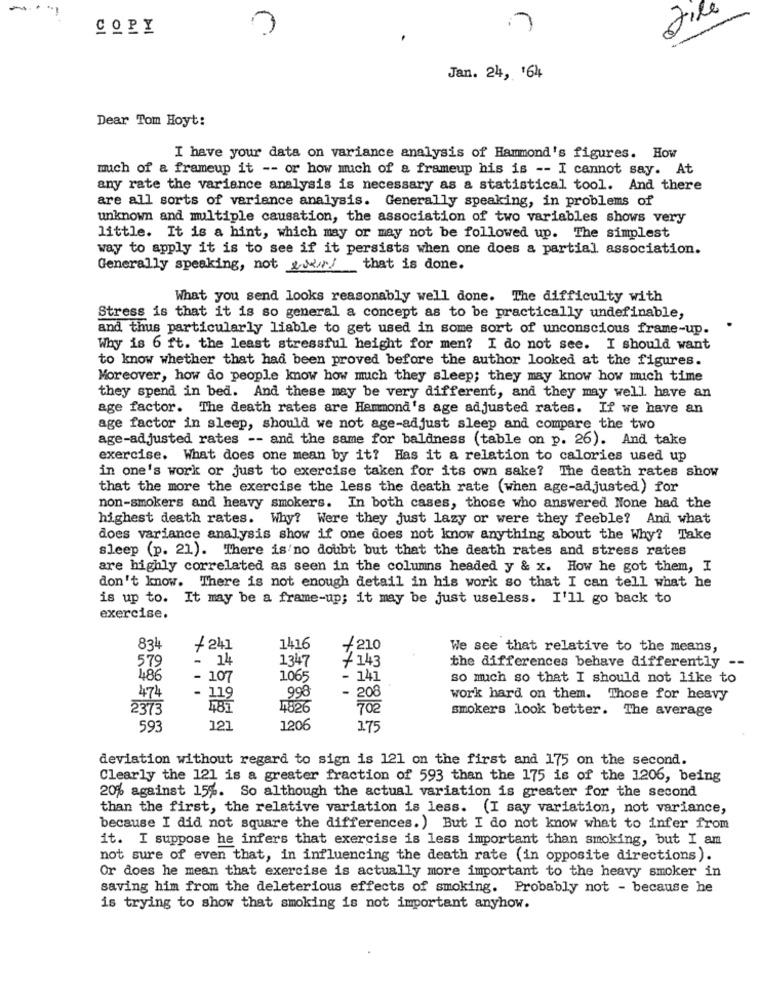
file
COPY
3
Jan. 24, 164
Dear Tom Hoyt:
I have your data on variance analysis of Hammond's figures. How
much of a frameup it -- or how much of a frameup his is -- I cannot say. At
any rate the variance analysis is necessary as a statistical tool. And there
are all sorts of variance analysis. Generally speaking, in problems of
unknown and multiple causation, the association of two variables shows very
little. It is a hint, which may or may not be followed up. The simplest
way to apply it is to see if it persists when one does a partial association.
Generally speaking, not eur/ that is done.
What you send looks reasonably well done. The difficulty with
Stress is that it is so general a concept as to be practically undefinable,
and thus particularly liable to get used in some sort of unconscious frame-up.
Why is 6 ft. the least stressful height for men? I do not see. I should want
to know whether that had been proved before the author looked at the figures.
Moreover, how do people know how much they sleep; they may know how much time
they spend in bed. And these may be very different, and they may well have an
age factor. The death rates are Hammond's age adjusted rates. If we have an
age factor in sleep, should we not age-adjust sleep and compare the two
age-adjusted rates -- and the same for baldness (table on p. 26). And take
exercise. What does one mean by it? Has it a relation to calories used up
in one's work or just to exercise taken for its own sake? The death rates show
that the more the exercise the less the death rate (when age-adjusted) for
non-smokers and heavy smokers. In both cases, those who answered None had the
highest death rates. Why? Were they just lazy or were they feeble? And what
does variance analysis show if one does not know anything about the Why? Take
sleep (p. 21). There is no doubt but that the death rates and stress rates
are highly correlated as seen in the columns headed y & x. How he got them, I
don't know. There is not enough detail in his work so that I can tell what he
is up to. It may be a frame-up; it may be just useless. I'll go back to
exercise.
834
+ 241
1416
+210
We see that relative to the means,
579
- 14
1347
+143
the differences behave differently --
486
- 107
1065
- 141
so much so that I should not like to
474
998
- 208
work hard on them. Those for heavy
2373
702
smokers look better. The average
593
121
1206
1.75
deviation without regard to sign is 121 on the first and 175 on the second.
Clearly the 121 is a greater fraction of 593 than the 175 is of the 1206, being
20% against 15%. So although the actual variation is greater for the second
than the first, the relative variation is less. (I say variation, not variance,
because I did not square the differences. ) But I do not know what to infer from
it. I suppose he infers that exercise is less important than smoking, but I am
not sure of even that, in influencing the death rate (in opposite directions).
Or does he mean that exercise is actually more important to the heavy smoker in
saving him from the deleterious effects of smoking. Probably not - because he
is trying to show that smoking is not important anyhow.